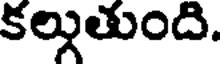
కల్గుతుంది.